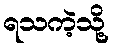
ရသကဲ့သို့